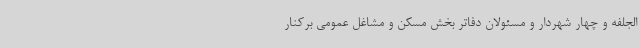
الجلفه و چهار شهردار و مسئولان دفاتر بخش مسکن و مشاغل عمومی برکنار